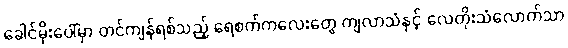
ခေါင်မိုးပေါ်မှာ တင်ကျန်ရစ်သည့် ရေစက်ကလေးတွေ ကျလာသံနှင့် လေတိုးသံလောက်သာ